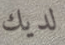
لديك